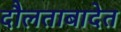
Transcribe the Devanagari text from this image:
दौलताबादेत